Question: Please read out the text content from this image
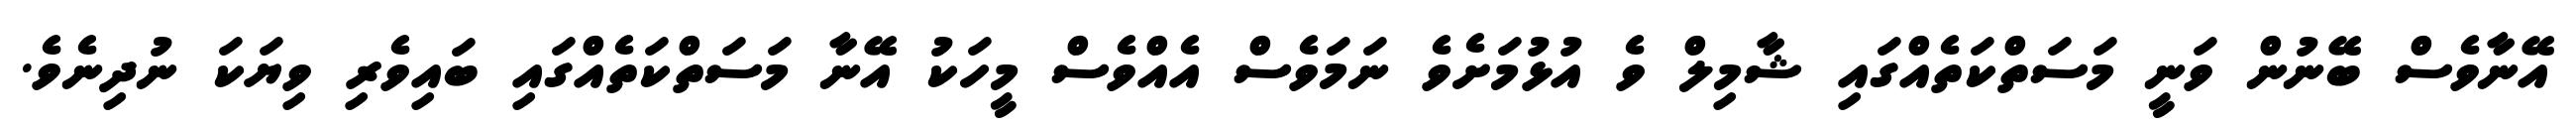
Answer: އޭނާވެސް ބޭނުން ވަނީ މަސަތްކަތެއްގައި ޝާމިލް ވެ އުޅުމަށެވެ ނަމަވެސް އެއްވެސް މީހަކު އޭނާ މަސަތްކަތެއްގައި ބައިވެރި ވިޔަކަ ނުދިނެވެ.